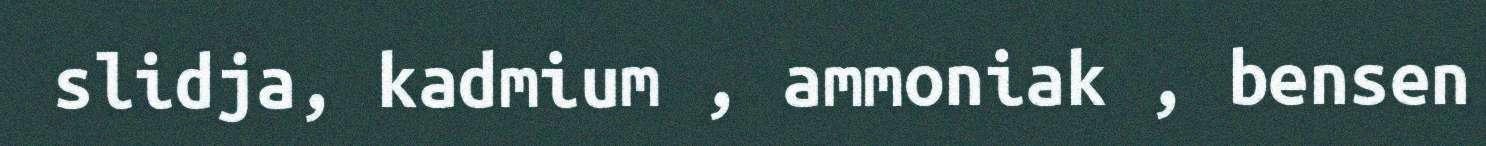
slidja, kadmium , ammoniak , bensen